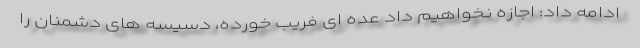
ادامه داد: اجازه نخواهیم داد عده ای فریب خورده، دسیسه های دشمنان را